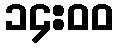
၁၄:၀၀